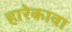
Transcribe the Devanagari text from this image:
हारेकावा